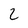
Character: 2